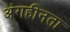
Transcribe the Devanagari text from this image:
अंगहीनता